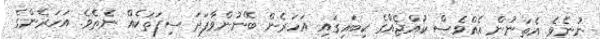
ނުނެވެ. އެތަނުން އެއްވެސް ކުއްޖެއްގެ ކިބައިގައި އަހަރެން ބޭނުންވާފަދަ ސިފަތަކެއް ނެތެވެ. އަހަރެންގެ